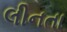
લીનતા